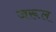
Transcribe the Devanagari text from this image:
जरूल